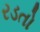
રડતો